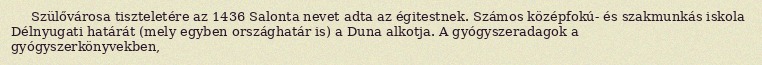
Szülővárosa tiszteletére az 1436 Salonta nevet adta az égitestnek. Számos középfokú- és szakmunkás iskola Délnyugati határát (mely egyben országhatár is) a Duna alkotja. A gyógyszeradagok a gyógyszerkönyvekben,